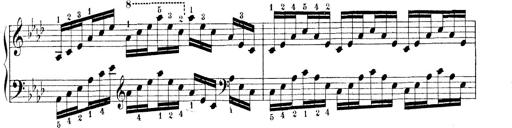
Title: Technische Studien
Composer: Franz Liszt